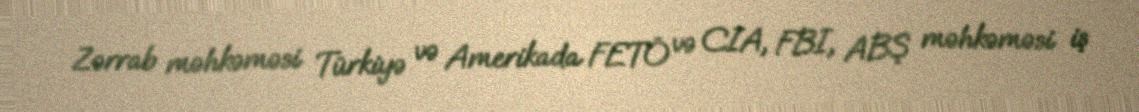
Zərrab məhkəməsi Türkiyə və Amerikada FETÖ və CIA, FBI, ABŞ məhkəməsi iş